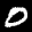
Label: 0